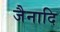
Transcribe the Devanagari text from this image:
जैनादि